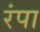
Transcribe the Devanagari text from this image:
रंपा